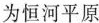
为恒河平原